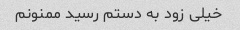
خیلی زود به دستم رسید ممنونم